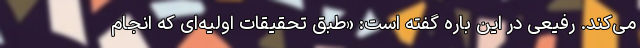
می‌کند. رفیعی در این باره گفته است: «طبق تحقیقات اولیه‌ای که انجام